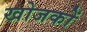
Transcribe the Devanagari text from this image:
खोजकों